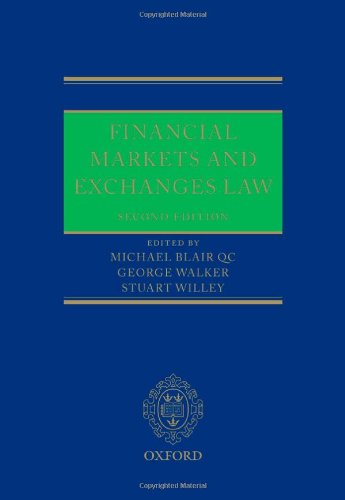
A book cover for Financial Markets and Exchanges Law; Michael Blair QC; Law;